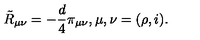
\tilde { R } _ { \mu \nu } = - { \frac { d } { 4 } } \pi _ { \mu \nu } , \mu , \nu = ( \rho , i ) .